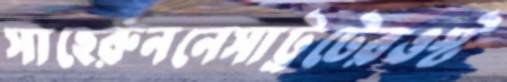
সাহেরুননেসাট্রটেরওস্ট